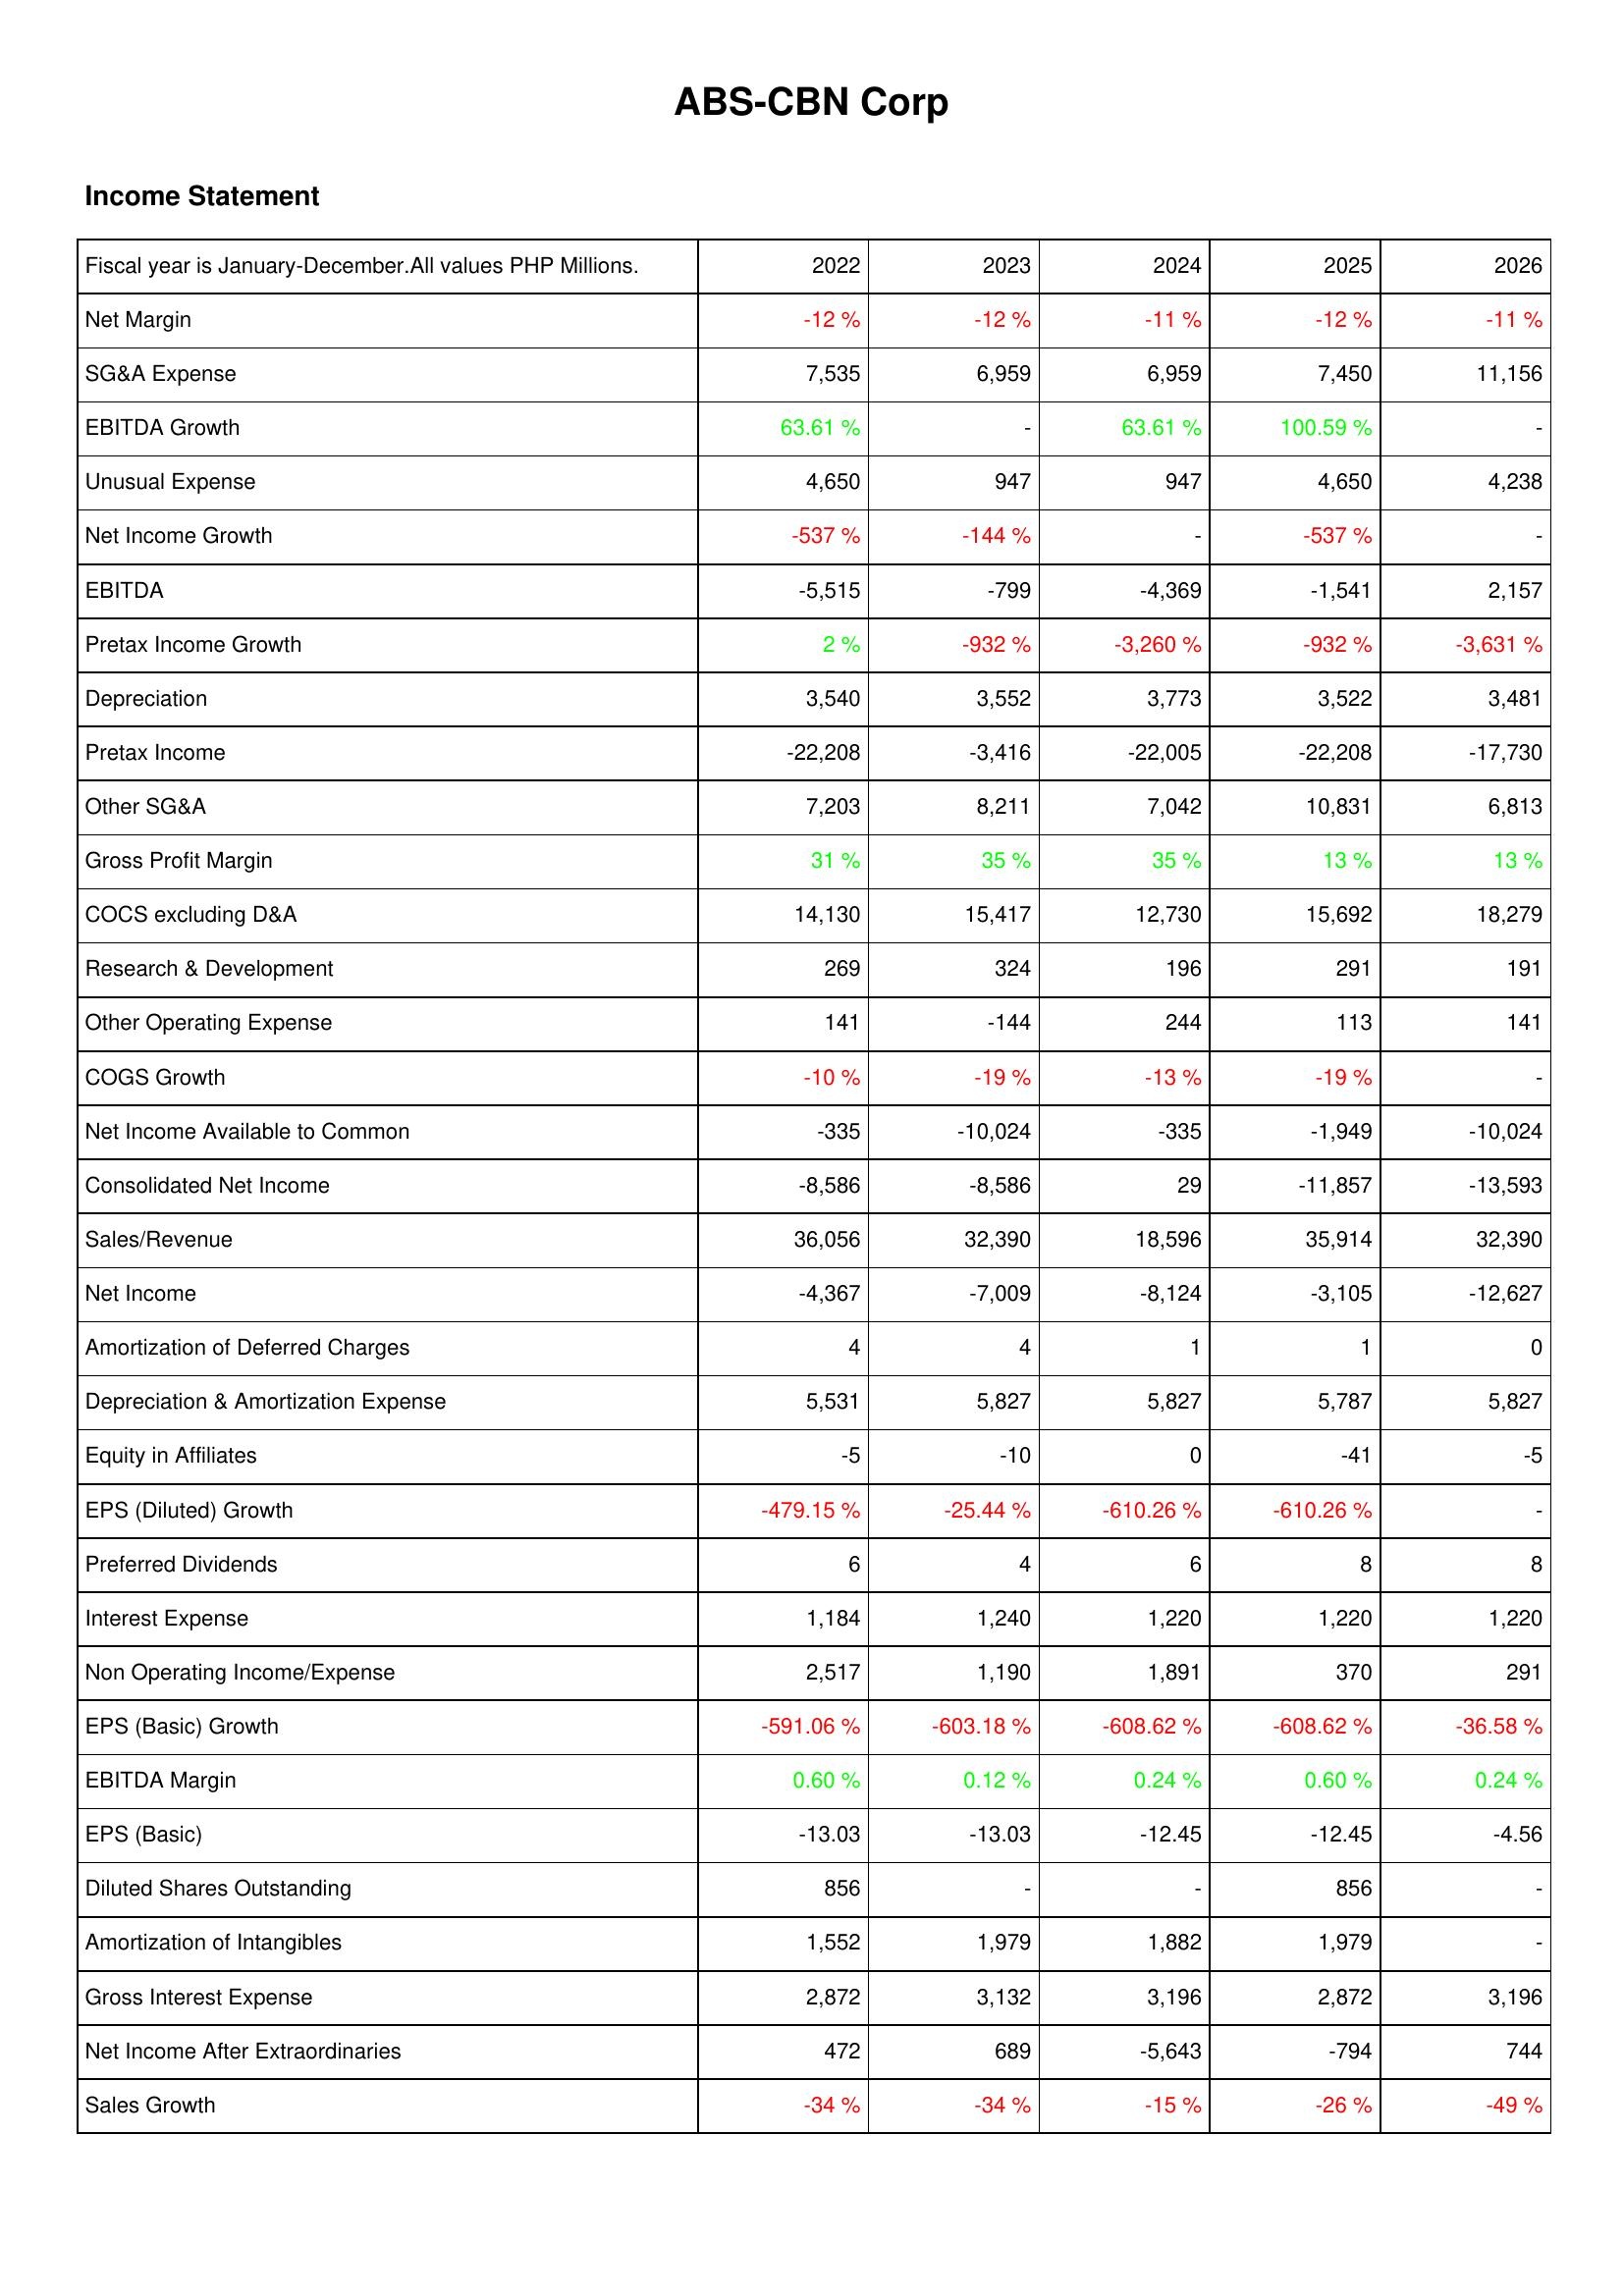
2022: Income Statement: Net Margin: -12 %
SG&A Expense: 7,535
EBITDA Growth: 63.61 %
Unusual Expense: 4,650
Net Income Growth: -537 %
EBITDA: -5,515
Pretax Income Growth: 2 %
Depreciation: 3,540
Pretax Income: -22,208
Other SG&A: 7,203
Gross Profit Margin: 31 %
COCS excluding D&A: 14,130
Research & Development: 269
Other Operating Expense: 141
COGS Growth: -10 %
Net Income Available to Common: -335
Consolidated Net Income: -8,586
Sales/Revenue: 36,056
Net Income: -4,367
Amortization of Deferred Charges: 4
Depreciation & Amortization Expense: 5,531
Equity in Affiliates: -5
EPS (Diluted) Growth: -479.15 %
Preferred Dividends: 6
Interest Expense: 1,184
Non Operating Income/Expense: 2,517
EPS (Basic) Growth: -591.06 %
EBITDA Margin: 0.60 %
EPS (Basic): -13.03
Diluted Shares Outstanding: 856
Amortization of Intangibles: 1,552
Gross Interest Expense: 2,872
Net Income After Extraordinaries: 472
Sales Growth: -34 %
2023: Income Statement: Net Margin: -12 %
SG&A Expense: 6,959
EBITDA Growth: -
Unusual Expense: 947
Net Income Growth: -144 %
EBITDA: -799
Pretax Income Growth: -932 %
Depreciation: 3,552
Pretax Income: -3,416
Other SG&A: 8,211
Gross Profit Margin: 35 %
COCS excluding D&A: 15,417
Research & Development: 324
Other Operating Expense: -144
COGS Growth: -19 %
Net Income Available to Common: -10,024
Consolidated Net Income: -8,586
Sales/Revenue: 32,390
Net Income: -7,009
Amortization of Deferred Charges: 4
Depreciation & Amortization Expense: 5,827
Equity in Affiliates: -10
EPS (Diluted) Growth: -25.44 %
Preferred Dividends: 4
Interest Expense: 1,240
Non Operating Income/Expense: 1,190
EPS (Basic) Growth: -603.18 %
EBITDA Margin: 0.12 %
EPS (Basic): -13.03
Diluted Shares Outstanding: -
Amortization of Intangibles: 1,979
Gross Interest Expense: 3,132
Net Income After Extraordinaries: 689
Sales Growth: -34 %
2024: Income Statement: Net Margin: -11 %
SG&A Expense: 6,959
EBITDA Growth: 63.61 %
Unusual Expense: 947
Net Income Growth: -
EBITDA: -4,369
Pretax Income Growth: -3,260 %
Depreciation: 3,773
Pretax Income: -22,005
Other SG&A: 7,042
Gross Profit Margin: 35 %
COCS excluding D&A: 12,730
Research & Development: 196
Other Operating Expense: 244
COGS Growth: -13 %
Net Income Available to Common: -335
Consolidated Net Income: 29
Sales/Revenue: 18,596
Net Income: -8,124
Amortization of Deferred Charges: 1
Depreciation & Amortization Expense: 5,827
Equity in Affiliates: 0
EPS (Diluted) Growth: -610.26 %
Preferred Dividends: 6
Interest Expense: 1,220
Non Operating Income/Expense: 1,891
EPS (Basic) Growth: -608.62 %
EBITDA Margin: 0.24 %
EPS (Basic): -12.45
Diluted Shares Outstanding: -
Amortization of Intangibles: 1,882
Gross Interest Expense: 3,196
Net Income After Extraordinaries: -5,643
Sales Growth: -15 %
2025: Income Statement: Net Margin: -12 %
SG&A Expense: 7,450
EBITDA Growth: 100.59 %
Unusual Expense: 4,650
Net Income Growth: -537 %
EBITDA: -1,541
Pretax Income Growth: -932 %
Depreciation: 3,522
Pretax Income: -22,208
Other SG&A: 10,831
Gross Profit Margin: 13 %
COCS excluding D&A: 15,692
Research & Development: 291
Other Operating Expense: 113
COGS Growth: -19 %
Net Income Available to Common: -1,949
Consolidated Net Income: -11,857
Sales/Revenue: 35,914
Net Income: -3,105
Amortization of Deferred Charges: 1
Depreciation & Amortization Expense: 5,787
Equity in Affiliates: -41
EPS (Diluted) Growth: -610.26 %
Preferred Dividends: 8
Interest Expense: 1,220
Non Operating Income/Expense: 370
EPS (Basic) Growth: -608.62 %
EBITDA Margin: 0.60 %
EPS (Basic): -12.45
Diluted Shares Outstanding: 856
Amortization of Intangibles: 1,979
Gross Interest Expense: 2,872
Net Income After Extraordinaries: -794
Sales Growth: -26 %
2026: Income Statement: Net Margin: -11 %
SG&A Expense: 11,156
EBITDA Growth: -
Unusual Expense: 4,238
Net Income Growth: -
EBITDA: 2,157
Pretax Income Growth: -3,631 %
Depreciation: 3,481
Pretax Income: -17,730
Other SG&A: 6,813
Gross Profit Margin: 13 %
COCS excluding D&A: 18,279
Research & Development: 191
Other Operating Expense: 141
COGS Growth: -
Net Income Available to Common: -10,024
Consolidated Net Income: -13,593
Sales/Revenue: 32,390
Net Income: -12,627
Amortization of Deferred Charges: 0
Depreciation & Amortization Expense: 5,827
Equity in Affiliates: -5
EPS (Diluted) Growth: -
Preferred Dividends: 8
Interest Expense: 1,220
Non Operating Income/Expense: 291
EPS (Basic) Growth: -36.58 %
EBITDA Margin: 0.24 %
EPS (Basic): -4.56
Diluted Shares Outstanding: -
Amortization of Intangibles: -
Gross Interest Expense: 3,196
Net Income After Extraordinaries: 744
Sales Growth: -49 %